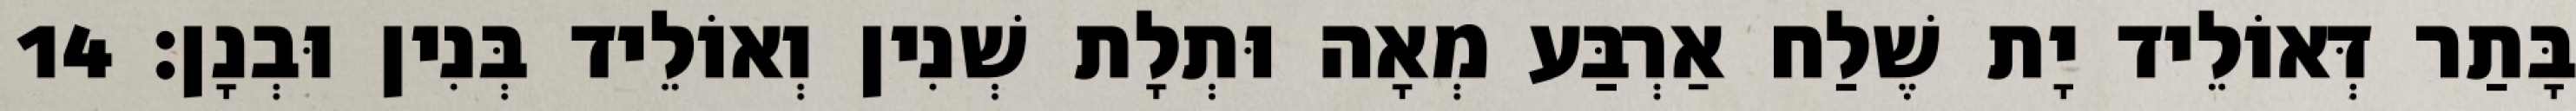
בָּתַר דְּאוֹלֵיד יָת שֶׁלַח אַרְבַּע מְאָה וּתְלָת שְׁנִין וְאוֹלֵיד בְּנִין וּבְנָן׃ 14